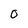
Character: 0